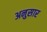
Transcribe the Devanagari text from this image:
अनुसार